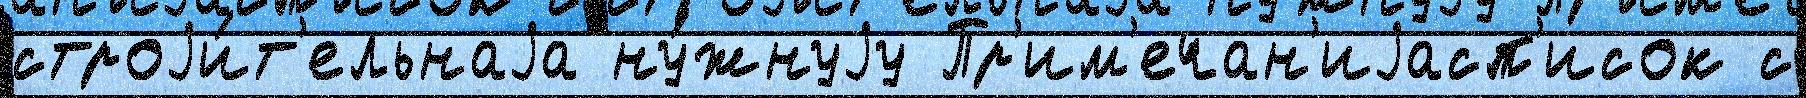
строjи́т'ельнаjа ну́жнуjу Пр'им'ечан'иjасп'исок с